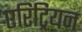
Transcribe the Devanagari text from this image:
एरिट्रियन